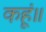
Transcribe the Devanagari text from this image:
कहूं॥